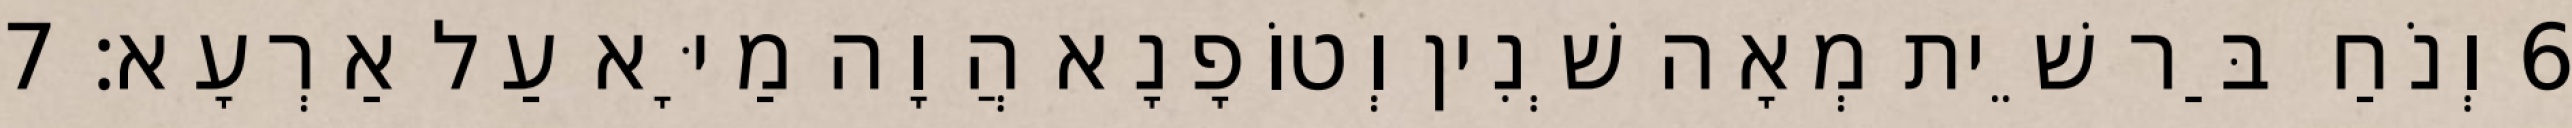
6 וְנֹחַ בַּר שֵׁית מְאָה שְׁנִין וְטוֹפָנָא הֲוָה מַיָּא עַל אַרְעָא׃ 7